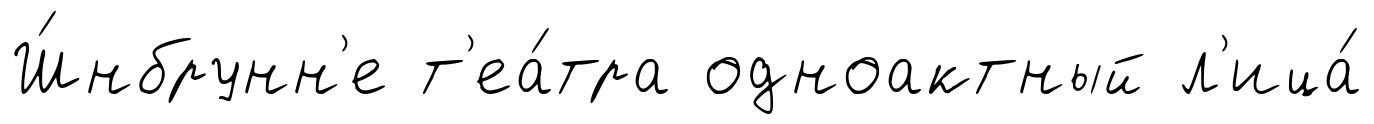
Ш́нбрунн'е т'еа́тра одноактный л'ица́